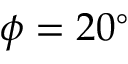
\phi = 2 0 ^ { \circ }